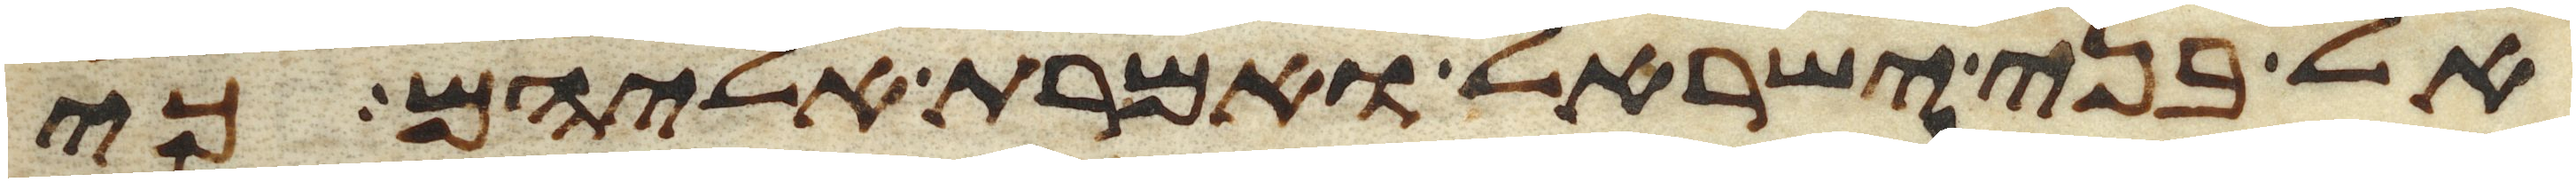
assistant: אל בני ישראל ואמרת אליהם כי